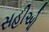
સહીઓ